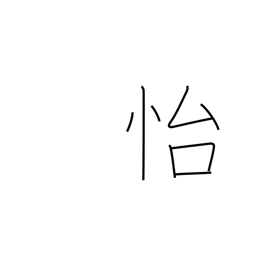
Meaning: enjoy